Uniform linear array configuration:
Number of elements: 4
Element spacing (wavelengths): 0.25
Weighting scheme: cosine
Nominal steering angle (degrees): -15
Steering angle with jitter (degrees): -16.672
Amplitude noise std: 0.05
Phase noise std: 0.05

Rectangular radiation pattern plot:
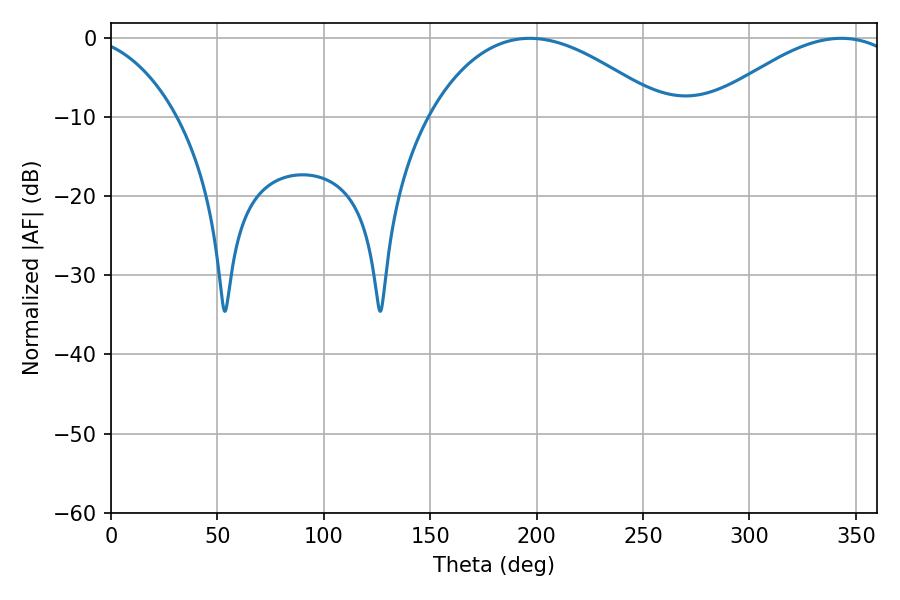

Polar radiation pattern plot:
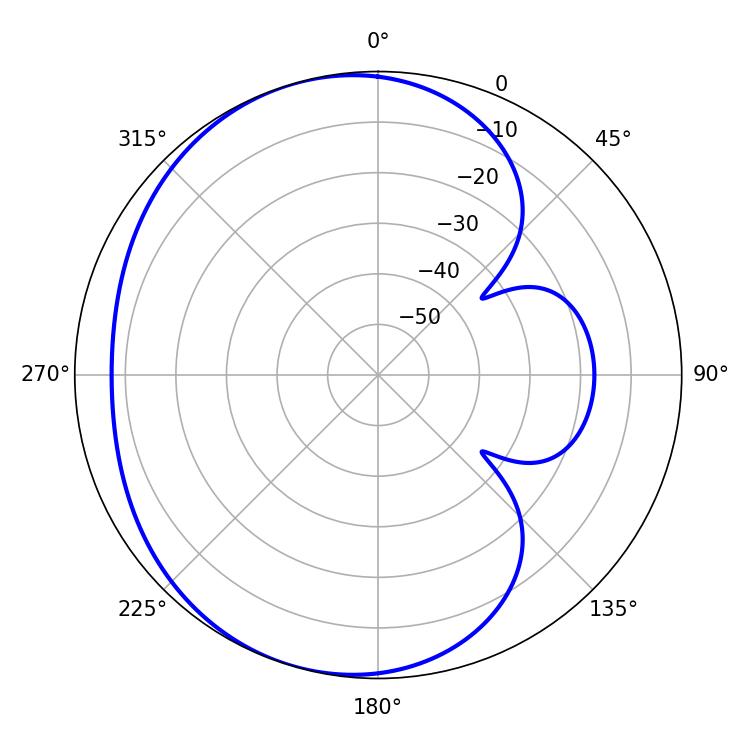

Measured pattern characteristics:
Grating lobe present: FALSE
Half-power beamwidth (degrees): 61.38
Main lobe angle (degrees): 196.74